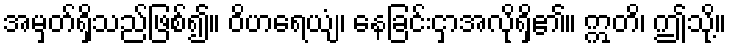
အမှတ်ရှိသည်ဖြစ်၍။ ဝိဟရေယျံ၊ နေခြင်းငှာအလိုရှိ၏။ ဣတိ၊ ဤသို့။